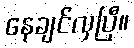
နေချင်လှပြီ။